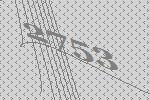
2753